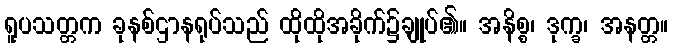
ရူပသတ္တက ခုနစ်ဌာနရုပ်သည် ထိုထိုအခိုက်၌ချုပ်၏။ အနိစ္စ၊ ဒုက္ခ၊ အနတ္တ။